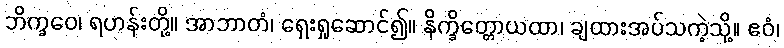
ဘိက္ခဝေ၊ ရဟန်းတို့။ အာဘာတံ၊ ရှေးရှုဆောင်၍။ နိက္ခိတ္တောယထာ၊ ချထားအပ်သကဲ့သို့။ ဧဝံ၊